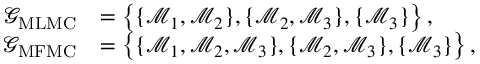
\begin{array} { r l } { \mathcal { G } _ { \mathrm { M L M C } } } & { = \left\{ \{ \mathcal { M } _ { 1 } , \mathcal { M } _ { 2 } \} , \{ \mathcal { M } _ { 2 } , \mathcal { M } _ { 3 } \} , \{ \mathcal { M } _ { 3 } \} \right\} , } \\ { \mathcal { G } _ { \mathrm { M F M C } } } & { = \left\{ \{ \mathcal { M } _ { 1 } , \mathcal { M } _ { 2 } , \mathcal { M } _ { 3 } \} , \{ \mathcal { M } _ { 2 } , \mathcal { M } _ { 3 } \} , \{ \mathcal { M } _ { 3 } \} \right\} , } \end{array}